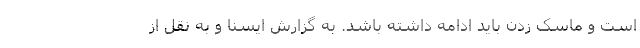
است و ماسک زدن باید ادامه داشته باشد. به گزارش ایسنا و به نقل از